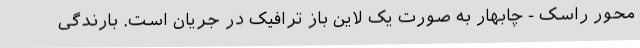
محور راسک - چابهار به صورت یک لاین باز ترافیک در جریان است. بارندگی